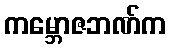
ကမ္ဘောဇဘဏ်က